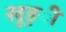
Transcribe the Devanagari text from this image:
खूङ्ी